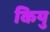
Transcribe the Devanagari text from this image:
कियु